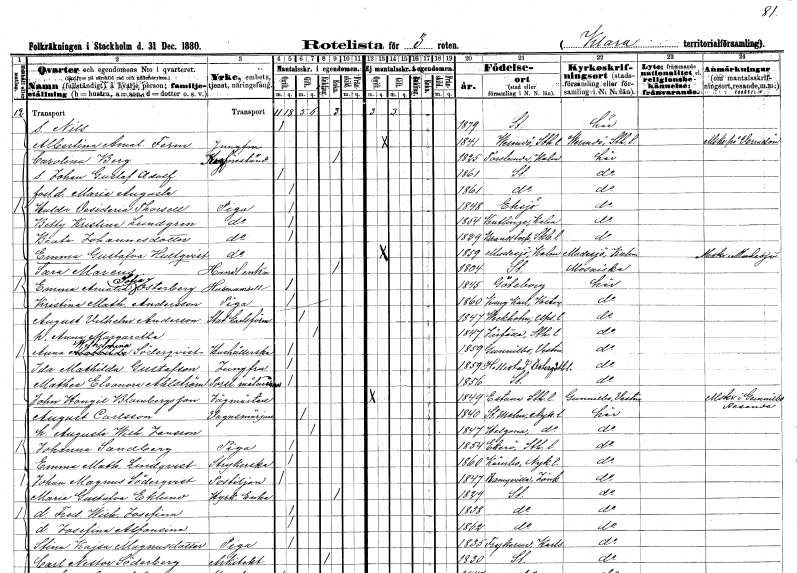
gt_parse: households: individuals: FN: Nils
KON: M
CIV: O
FODAR: 1879
FODFORS: Stockholm
FN: Albertina Amalia
EN: Ferm
YRKE: Jungfru
KON: K
CIV: O
FODAR: 1841
FODFORS: Värmdö Stockholms län
FN: Carolina
EN: Berg
YRKE: Krogföreståndare
KON: K
CIV: E
FODAR: 1825
FODFORS: Torslunda Kalmar län
FN: Johan Gustaf Adolf
KON: M
CIV: O
FODAR: 1861
FODFORS: Stockholm
FN: Maria Augusta
KON: K
CIV: O
FODAR: 1861
FODFORS: Stockholm
FN: Hulda Desideria
EN: Thorsell
YRKE: Piga
KON: K
CIV: O
FODAR: 1848
FODFORS: Eksjö Jönköpings län
FN: Betty Kristina
EN: Lundgren
YRKE: Piga
KON: K
CIV: O
FODAR: 1854
FODFORS: Ventlinge Kalmar län
FN: Beata
EN: Johannesdotter
YRKE: Piga
KON: K
CIV: O
FODAR: 1829
FODFORS: Brandstorp Skaraborgs län
FN: Emma Gustafva
EN: Hultqvist
YRKE: Piga
KON: K
CIV: O
FODAR: 1859
FODFORS: Madesjö Kalmar län
FN: Sara
EN: Mareus
YRKE: Handlandeänka
KON: K
CIV: E
FODAR: 1804
FODFORS: Stockholm
FN: Emma Amalia Sofia
EN: Österberg
YRKE: Husmamsell
KON: K
CIV: O
FODAR: 1845
FODFORS: Göteborg Göteborgs- och Bohuslän
FN: Kristina Mathilda
EN: Andersson
YRKE: Piga
KON: K
CIV: O
FODAR: 1860
FODFORS: Kung Karl Västmanlands län
FN: August Vilhelm
EN: Anderson
YRKE: Statkarlsförman
KON: M
CIV: G
FODAR: 1847
FODFORS: Veckholm Uppsala län
FN: Anna Margaretha
KON: K
CIV: G
FODAR: 1847
FODFORS: Järfälla Stockholms län
FN: Anna Wilhelmina
EN: Söderqvist
YRKE: Hushållerska
KON: K
CIV: O
FODAR: 1859
FODFORS: Gunnilbo Västmanlands län
FN: Mathilda
EN: Gustafson
YRKE: Jungfru
KON: K
CIV: O
FODAR: 1859
FODFORS: Hällestad Östergötlands län
FN: Mathea Eleonora
EN: Ahlström
YRKE: Porslinsmålerska
KON: K
CIV: O
FODAR: 1856
FODFORS: Stockholm
FN: John Hongil
EN: Blombergsson
YRKE: Jägmästare
KON: M
CIV: O
FODAR: 1849
FODFORS: Estuna Stockholms län
FN: August
EN: Carlsson
YRKE: Vagnsmörjare
KON: M
CIV: G
FODAR: 1840
FODFORS: Stora Malm Södermanlands län
FN: Augusta Wilhelmina
EN: Jansson
KON: K
CIV: G
FODAR: 1847
FODFORS: Helgona Södermanlands län
FN: Johanna
EN: Sandberg
YRKE: Piga
KON: K
CIV: O
FODAR: 1854
FODFORS: Ekerö Stockholms län
FN: Emma Mathilda
EN: Lindqvist
YRKE: Strykerska
KON: K
CIV: O
FODAR: 1860
FODFORS: Kärnbo Södermanlands län
FN: Johan Magnus
EN: Söderqvist
YRKE: Postiljon
KON: M
CIV: O
FODAR: 1847
FODFORS: Ramkvilla Jönköpings län
FN: Maria Gustafva
EN: Eklund
YRKE: Hyrkuskänka
KON: K
CIV: E
FODAR: 1829
FODFORS: Stockholm
FN: Fredrika Wilhelmina Josefina
KON: K
CIV: O
FODAR: 1858
FODFORS: Stockholm
FN: Josefina Alfonsina
KON: K
CIV: O
FODAR: 1862
FODFORS: Stockholm
FN: Stina Kajsa
EN: Magnusdotter
YRKE: Piga
KON: K
CIV: O
FODAR: 1835
FODFORS: Frykerud Värmlands län
FN: Carl Nestor
EN: Söderberg
YRKE: Arkitekt
KON: M
CIV: E
FODAR: 1830
FODFORS: Stockholm